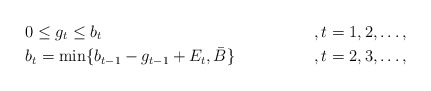
\begin{align*}&0\leq g_t\leq b_t&&,t=1,2,\ldots,\\&b_t=\min\{b_{t-1}-g_{t-1}+E_t,\bar{B}\}&&,t=2,3,\ldots,\end{align*}